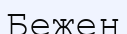
Бежең